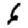
Digit: 6